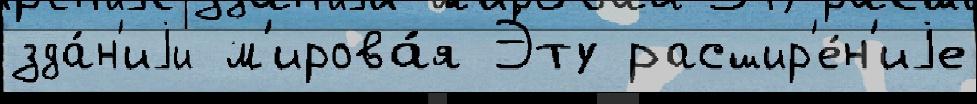
зда́н'иjи м'ирова́я Э́ту расшир'е́н'иjе